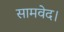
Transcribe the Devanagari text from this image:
सामवेद।